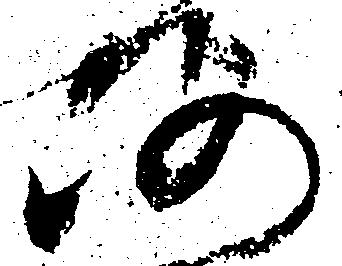
仍